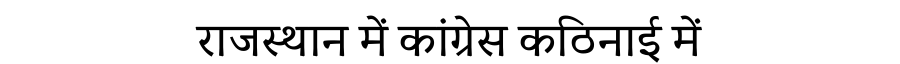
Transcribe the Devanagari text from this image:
राजस्थान में कांग्रेस कठिनाई में